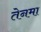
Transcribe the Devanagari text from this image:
तेनमा